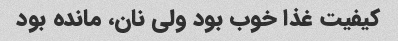
کیفیت غذا خوب بود ولی نان، مانده بود